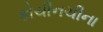
કોચીનચીના